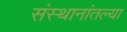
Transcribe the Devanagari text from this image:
संस्थानांतल्या